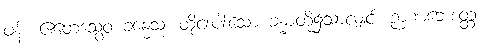
ဖန်။ ဧတေသွေဝ ခန္ဓေသု၊ ထိုငါးပါးသော ခန္ဓာတို့၌သာလျှင်။ ဉာဏဘေဒတ္ထံ၊